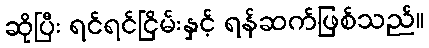
ဆိုပြီး ရင်ရင်ငြိမ်းနှင့် ရန်ဆက်ဖြစ်သည်။